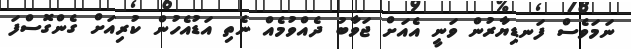
ނަމަވެސް ފަނޑިޔާރުން ވަނީ އެއަށް ޖަވާބު ދެއްވުމެއް ނެތި އަޑުއެހުން ކުރިއަށް ގެންގޮސްފަ